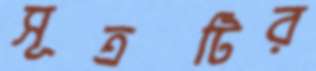
সূত্রটির